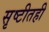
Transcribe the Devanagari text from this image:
सृष्टीतही